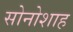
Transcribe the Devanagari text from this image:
सोनोशाह